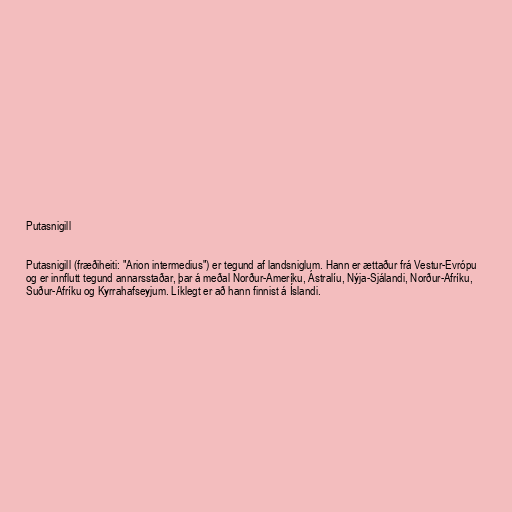
Putasnigill

Putasnigill (fræðiheiti: "Arion intermedius") er tegund af landsniglum. Hann er ættaður frá Vestur-Evrópu
og er innflutt tegund annarsstaðar, þar á meðal Norður-Ameríku, Ástralíu, Nýja-Sjálandi, Norður-Afríku,
Suður-Afríku og Kyrrahafseyjum. Líklegt er að hann finnist á Íslandi.